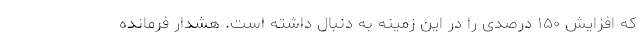
که افزایش ۱۵۰ درصدی را در این زمینه به دنبال داشته است. هشدار فرمانده